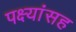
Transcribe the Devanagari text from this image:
पक्ष्यांसह